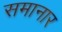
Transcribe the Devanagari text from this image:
समानार